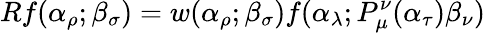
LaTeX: Rf(\alpha_{\rho};\beta_{\sigma})=w(\alpha_{\rho};\beta_{\sigma})f(\alpha_{\lambda};P_{\mu}^{\nu}(\alpha_{\tau})\beta_{\nu})